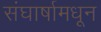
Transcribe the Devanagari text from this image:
संघार्षामधून